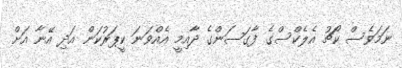
ނަމަވެސް ކޯޗު އެލެކްސްގެ ފާގަސަންގެ ދާއިމީ އެއްވަނަ ކީޕަރުކަން އަދި އޭނާ އަށް